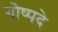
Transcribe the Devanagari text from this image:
गोष्पदे